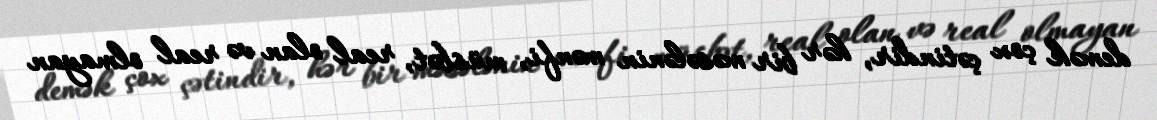
demək çox çətindir, hər bir məsələnin mənfi, müsbət, real olan və real olmayan